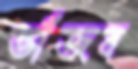
ভাঁজব